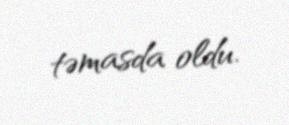
təmasda oldu.